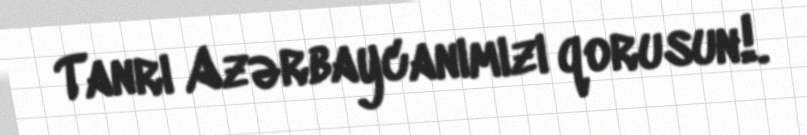
Tanrı Azərbaycanımızı qorusun!.